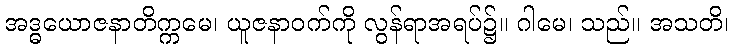
အဒ္ဓယောဇနာတိက္ကမေ၊ ယူဇနာဝက်ကို လွန်ရာအရပ်၌။ ဂါမေ၊ သည်။ အသတိ၊